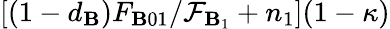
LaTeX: [(1-d_{\mathbf{B}})F_{\mathbf{B}01}/\mathcal{{F}}_{\mathbf{B}_{1}}+n_{1}](1-\kappa)